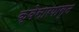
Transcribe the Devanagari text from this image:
क्वेसारपासून